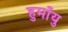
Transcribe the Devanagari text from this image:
हुमाँयु